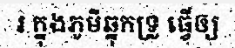
រ ក្នុងភូមិឆ្នុកទ្រូ ធ្វើឲ្យ